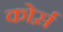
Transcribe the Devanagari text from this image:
कोर्स़